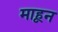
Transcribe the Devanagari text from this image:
माहून